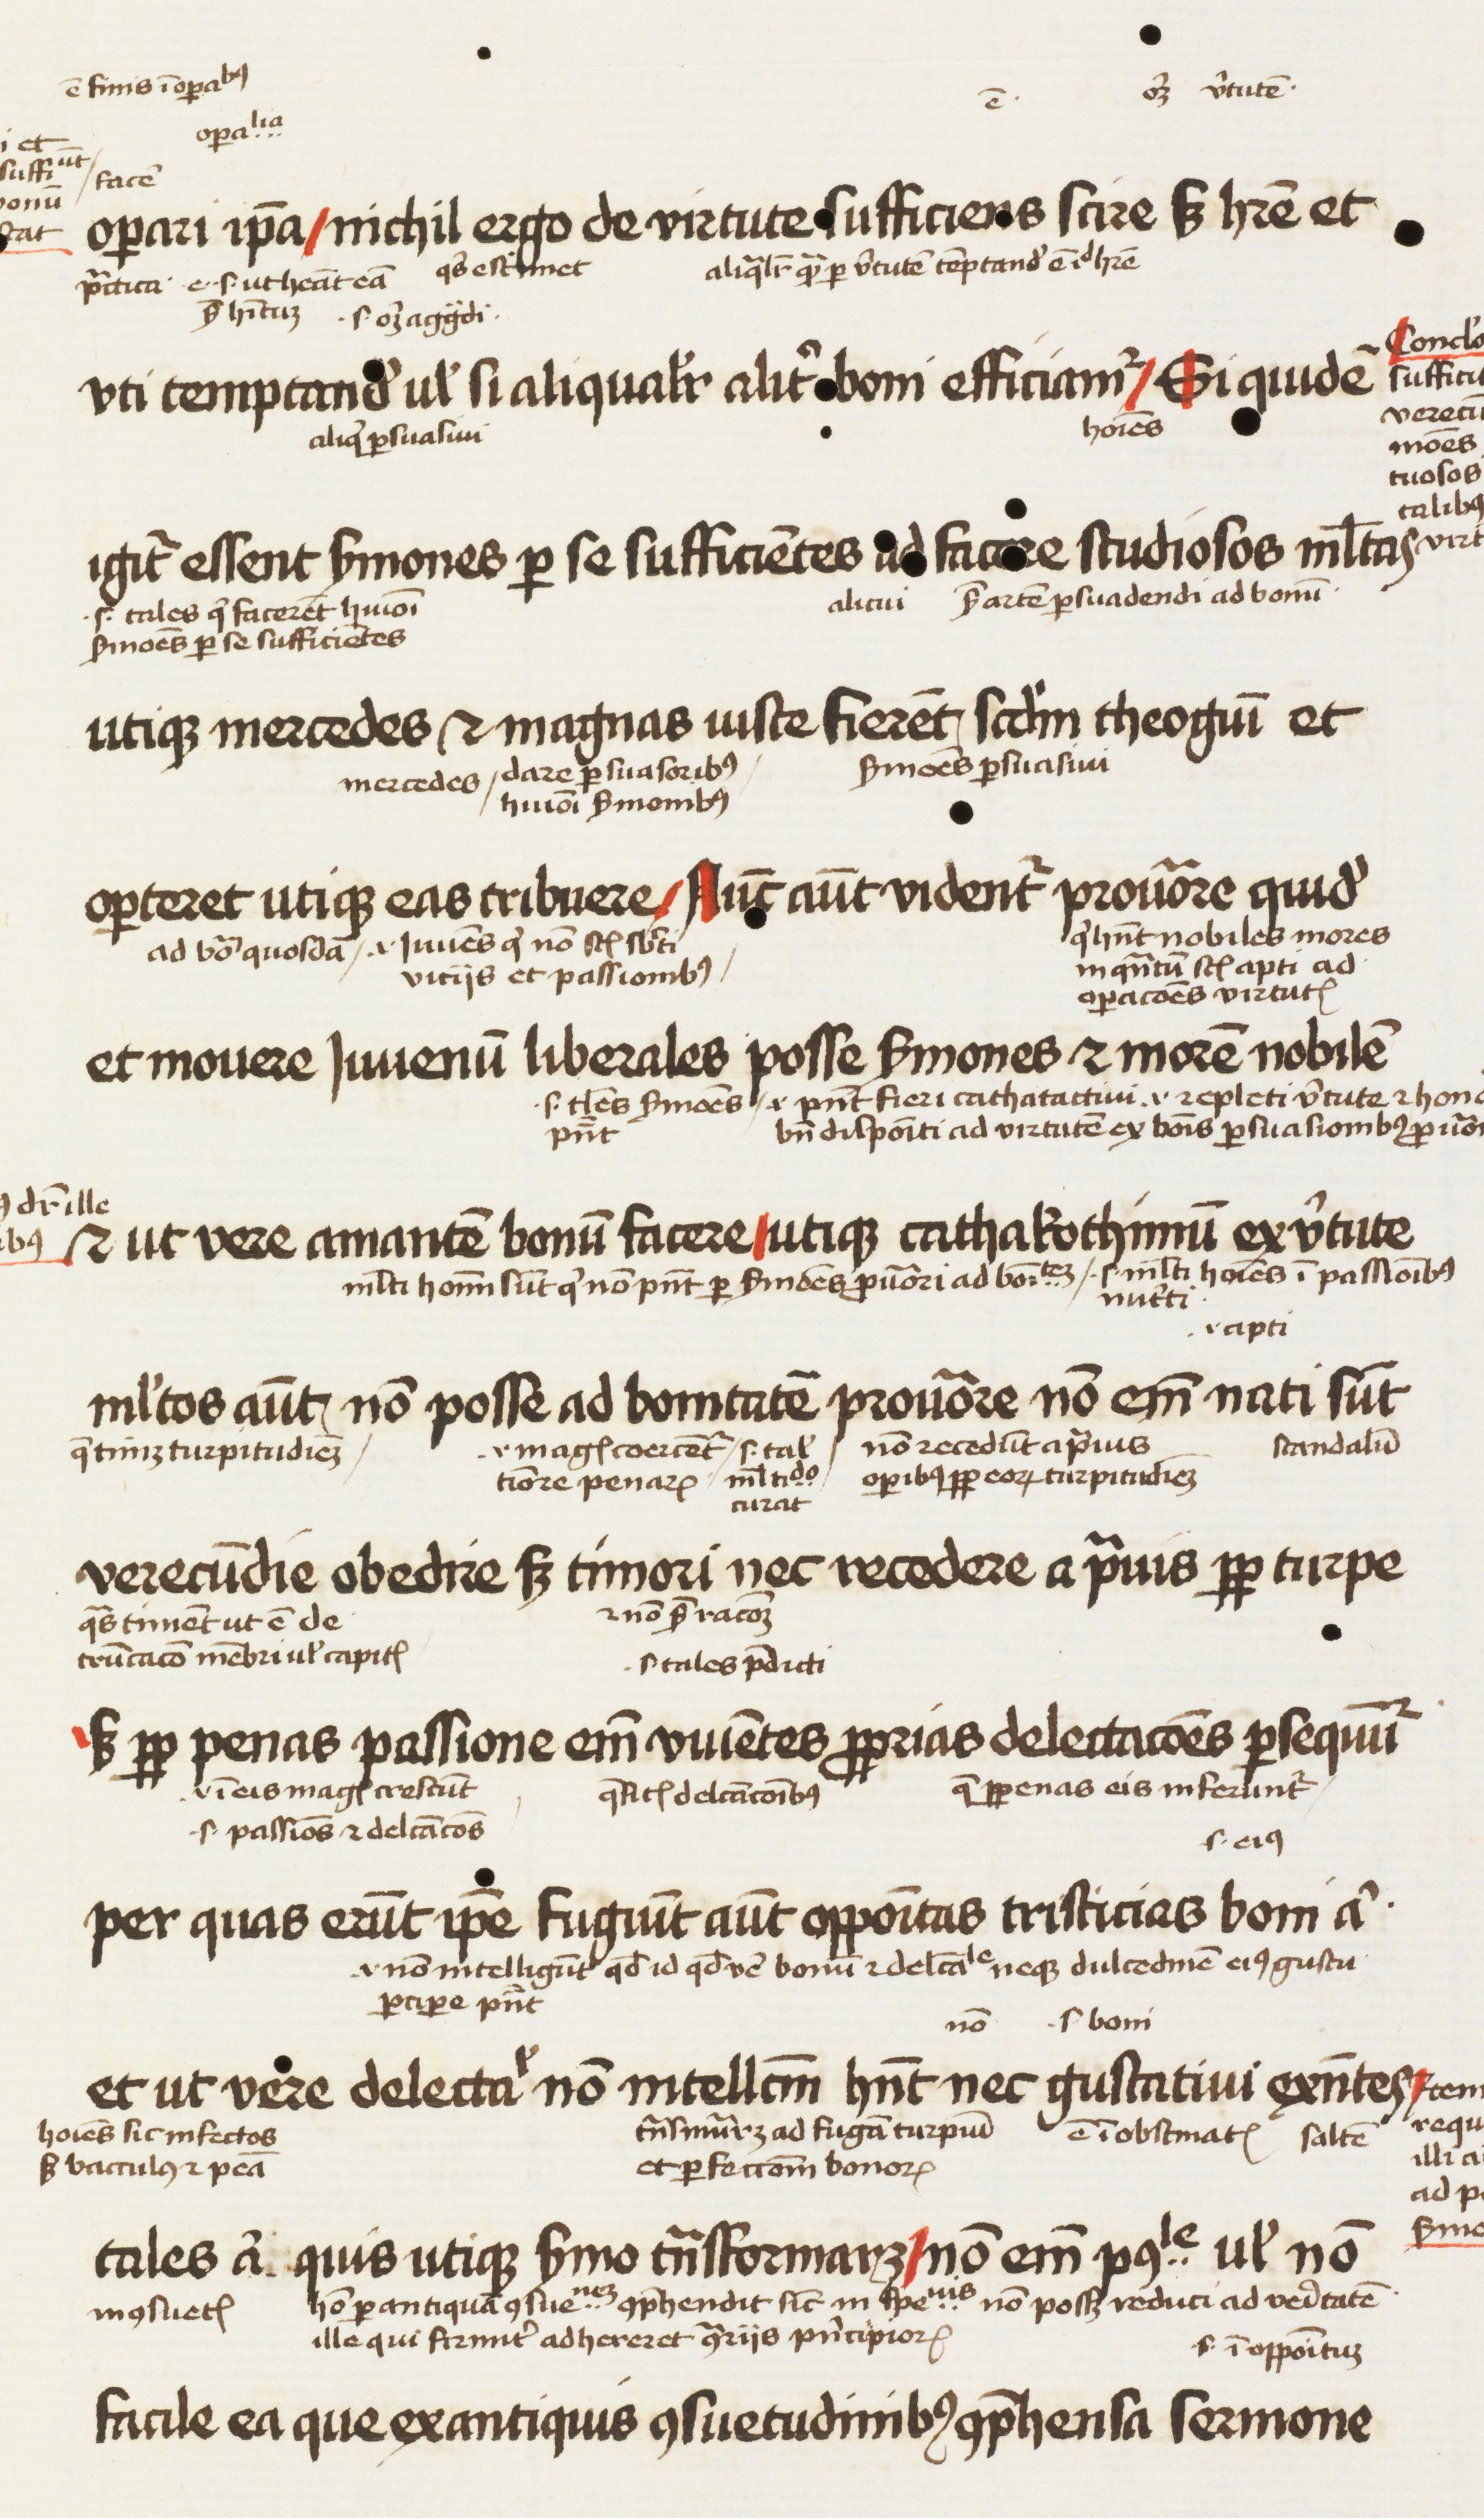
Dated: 1450–1474